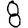
Digit: 8